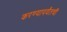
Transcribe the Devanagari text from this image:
करण्यापर्यंतची